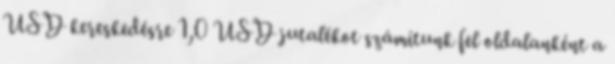
USD kereskedésre 1,0 USD jutalékot számítunk fel oldalanként a